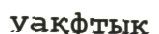
уақфтық